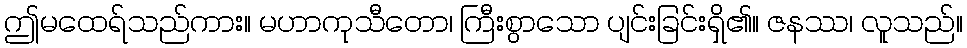
ဤမထေရ်သည်ကား။ မဟာကုသီတော၊ ကြီးစွာသော ပျင်းခြင်းရှိ၏။ ဇနဿ၊ လူသည်။